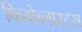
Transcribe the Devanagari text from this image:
फिब्रोब्लास्ट्स